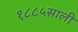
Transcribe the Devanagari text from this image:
१८८५साली